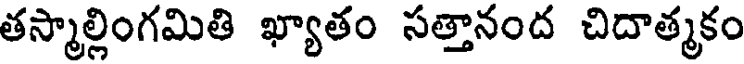
తస్మాల్లింగమితి ఖ్యాతం సత్తానంద చిదాత్మకం